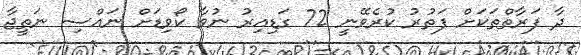
ދާ ފަރާތްތަކަށް ފަތުރު ކުރެވޭނީ 72 ގަޑިއިރު ނުވާ ކޯވިޑަށް ނައްސި ނަތީޖާ